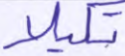
تنكيلا